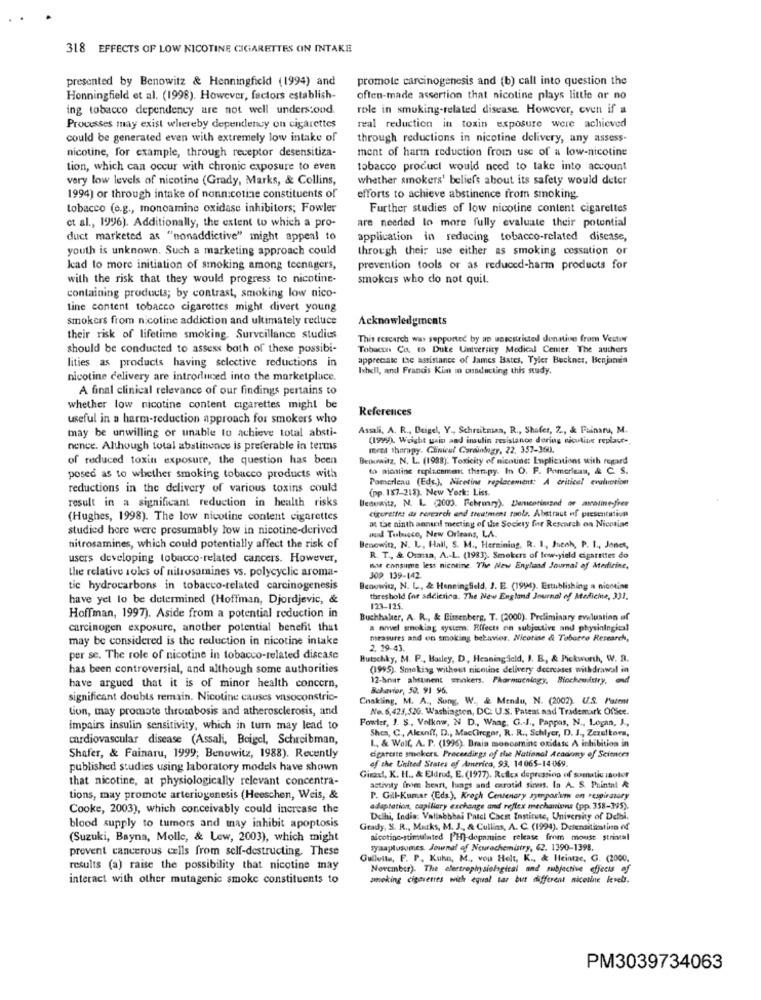
318 EFFECTS OF LOW NICOTINE CIGARETTES CIN INTAKE
presented by Benowitz & Henningfield (1994) and
promote carcinogenesis and (b) call into question the
Honningfield et al. (1998). However, factors establish-
often-made assertion that nicotine plays little or no
ing tobacco dependency are not well understood.
role in smoking-related disease. However, even if a
Processes may exist whereby dependency on cigarettes
real reduction in toxin exposure were achieved
could be generated even with extremely low intake of
through reductions in nicotine delivery, any assess-
nicotine, for example, through receptor desensitiza-
ment of harm reduction from use of a low-nicotine
tion, which can occur with chronic exposure to even
tobacco produci would need to take into account
very low levels of nicotine (Grady, Marks, & Collins,
whether smokers' beliefs about its safety would deter
1994) or through intake of nonnicotine constituents of
efforts to achieve abstinence from smoking.
tobacco (e.g ., monoamine oxidase inhibitors; Fowler
Further studies of low nicotine content cigarettes
are needed to more fully evaluate their potential
et al ., 1996). Additionally, the extent to which a pro-
duct marketed as "nonaddictive" might appeal to
application in reducing tobacco-related disease,
youth is unknown. Such a marketing approach could
through their use either as smoking cessation or
Jcad to more initiation of smoking among teenagers,
prevention tools or as reduced-harm products for
with the risk that they would progress to nicotine-
smokcis who do not quit.
containing products; by contrast, smoking low nico-
tine content tobacco cigarettes might divert young
smokers from nicotine addiction and ultimately reduce
Acknowledgments
their risk of lifetime smoking. Surveillance studies
This rescarch was supported by ap uarestricted dunative from Vestor
should be conducted to assess both of these possibi-
Tobacon Co. to Duke University Medical Center. The authors
lities as products having selective reductions in
appreciate the assistance of James Bates, Tyler Buckner, Benjamin
Ishell, and Francis Kim in conducting this study.
nicotine delivery are introduced into the marketplace.
A final clinical relevance of our findings pertains to
whether low nicotine content cigarettes might be
References
useful in a harm-reduction approach for smokers who
may be unwilling or unable to achieve total absti-
Assali, A. R ., Beigel, Y ., Schreitman, R ., Shafer, Z ., & Fainaru, M.
(1999). Weight gain and insulin resistance doring nicoline replace -.
nence. Although total abstinence is preferable in terms
men therapy. Cinicel Coraindegy, 22. 357-360.
of reduced toxin exposure, the question has been
Beouwitz, N. L. (1988). Toxicity of nicotine: Enplications with regard
to picatine replacement therapy. In O. F. Pomerleas, & C. S.
posed as to whether smoking tobacco products with
Pomerleau (Eds.), Nicotine replacement: A critical evalution
reductions in the delivery of various toxins could
(pp. 187-218). New York: Liss.
result in a significant reduction in health risks
Benowitz, N. L. (2003. February). Dancocimand or movie-fner
cigerettet ds research and treatment tools. Abstract of presentation
(Hughes, 1998). The low nicotine content cigarettes
at the ninth anntil meeting of the Sockty for Research on Nicotine
studied hore were presumably low in nicotine-derived
aud Tubisco, New Orleans, LA.
nitrosamines, which could potentially affect the risk of
Benowitz, N. L, Hall, S. M ., Heraining, R. I ., Jneah, P. 1 ., Jones,
users developing tobacco-related cancers. However,
R. T ., & Osman, A .- L. (1983). Smokers of low-yield cigarettes do
the relative soles of nitrosamines vs. polycyclic aroma-
not consume less nicotine. The New England Journal of Atedicine,
309. 139-142
tie hydrocarbons in tobacco-related carcinogenesis
Beowwicz, N. L ., & Henningfield, J. E. (1994). Establishing a nicotine
have yel lo be determined (Hoffman, Djordjevic, &
threshold for addicting. The New England Journal of Medicine, 331.
123-125.
Hoffman, 1997). Aside from a potential reduction in
Buchhaker, A. R ., & Bissenberg, T. (2000). Preliminary evaluation af
carcinogen exposure, another potential benefit that
a novel smoking system: Rffects en subjective and physiological
may be considered is the reduction in nicotine intake
measures and on smoking behavior. Nicotine & Tobacco Research,
2. 19-43.
per se. The role of nicotine in tobacco-related disease
Hutschky, M. P ., Basley, D, Heaning icld, I. B, & Pickworth, W. B.
has been controversial, and although some authorities
(1995). Smoking without nicotine delivery decreases withdrawal in
12-bnur alsunent smokers. Pharmacology, Biochemistry, and
have argued that it is of minor health concern,
Behavior, 50. 91 96.
significant doubts remain. Nicotine causes vasoconstric-
Chakling, M. A ., Sung, W ., & Mendu, N. (2002). U.S. Patent
Lion, may promote thrombosis and atherosclerosis, and
No. 6,423,52G. Washington, DC: U.S. Patent nad Trademark Office.
Fowler, J. S ., Volknw, N D ., Wang, G .- J ., Pappas, N ., Logan, J .,
impairs insulin sensitivity, which in turn may lead to
Shea, C, Alexoff, D ., MacCircgar, R. R ., Schiyer, D. J ., Zezeltora,
cardiovascular disease (Assali, Boigel, Schreibman,
1 ., & Wolf, A. P. (1996). Drain monoamine oxidase A inhibition in
Shafer, & Fainaru, 1999; Benuwitz, 1988). Recently
of the United States of America, 93, 14065-14069.
cigareste smokers. Proceedings of the National Academy of Sciences
published studies using laboratory models have shown
that nicotine, at physiologically relevant concentra-
Gisze, K. H ., & Eldred, E. (1977). Reflex depression of somatic isoler
activity frim heart, luags and carotid sines. In A. S. Printal &
tions, may promote arteriogenesis (Heeschen, Weis, &
P. Gill-Kumar (Eds.), Krogh Centenary symposium on respiratory
Cooke, 2003), which conceivably could increase the
adaptation, capillary exchange and reflex mechanion (pp. 358-395).
Delhi, India: Vallabhbai Patel Caco Institute, University of Delbi.
blood supply to tumors and may inhibit apoptosis
Grady, S. R ., Marks, M. J ., & Cullins, A. C. (1994). Desensitistina of
(Suzuki, Bayna, Molle, & Lew, 2003), which might
nicotine-stimulated ['H)-dopamine release from mouse strintal
prevent cancerous cells from self-destructing. These
syaaptusomes. Journal of Neurochemistry, 62. 1390-1398.
Gullotta, F. P. Kuhn, M ., vou Helt, K ., & Heintze, G. (2000.
results (a) raise the possibility that nicotine may
Norcinber). The electrophysiological and subjective effects of
interact with other mutagenic smoke constituents to
smoking cigarettes with equal tar but different nicotine levels.
PM3039734063